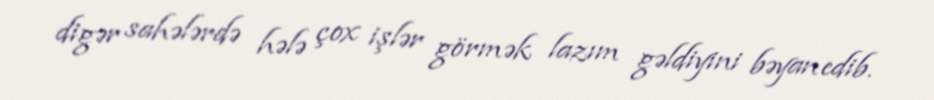
digər sahələrdə hələ çox işlər görmək lazım gəldiyini bəyan edib.